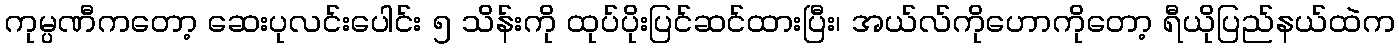
ကုမ္ပဏီကတော့ ဆေးပုလင်းပေါင်း ၅ သိန်းကို ထုပ်ပိုးပြင်ဆင်ထားပြီး၊ အယ်လ်ကိုဟောကိုတော့ ရီယိုပြည်နယ်ထဲက